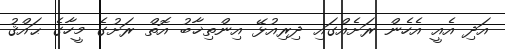
އަދި އެއީ އެހެން ރަށެއްގައި ދިރިއުޅޭ އިންތިޚާބު އޮތް ރަށުގެ މީހާގެ ޙައްޤު